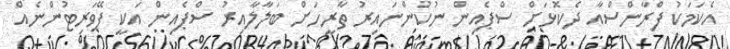
އެކަމަކު ފްރާންސްއާ ދެކޮޅަށް ސްޕެއިން ނުކުންނައިރު ތާރީހަށް ބަލާލާއިރު ސްޕެއިން އަކީ ފޭވަރިޓުންނެއް